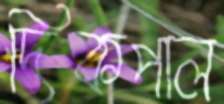
দিকপাল